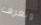
وتعرف